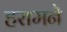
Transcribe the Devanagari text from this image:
हरामने